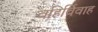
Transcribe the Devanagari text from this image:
वहिर्विवाह